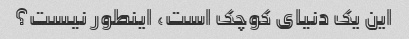
این یک دنیای کوچک است، اینطور نیست؟